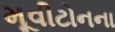
મૂવીટોનના